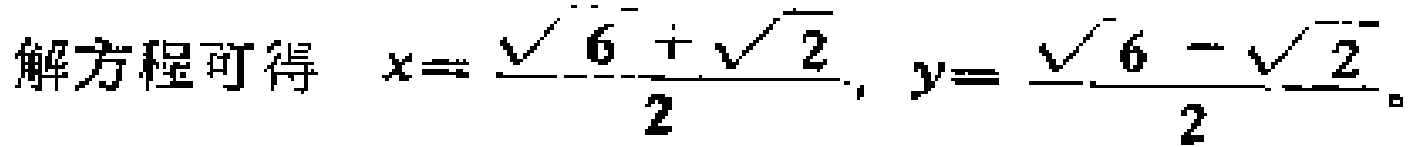
解方程可得 \(x = \frac{\sqrt{6} + \sqrt{2}}{2}, y = \frac{\sqrt{6} - \sqrt{2}}{2}\)。